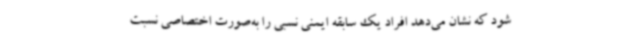
شود که نشان می‌دهد افراد یک سابقه ایمنی نسبی را به‌صورت اختصاصی نسبت